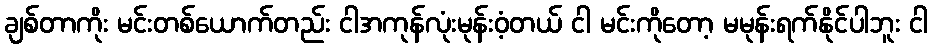
ချစ်တာကိုး မင်းတစ်ယောက်တည်း ငါအကုန်လုံးမုန်းဝံ့တယ် ငါ မင်းကိုတော့ မမုန်းရက်နိုင်ပါဘူး ငါ